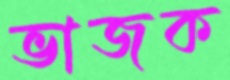
ভাজক